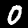
Label: 0